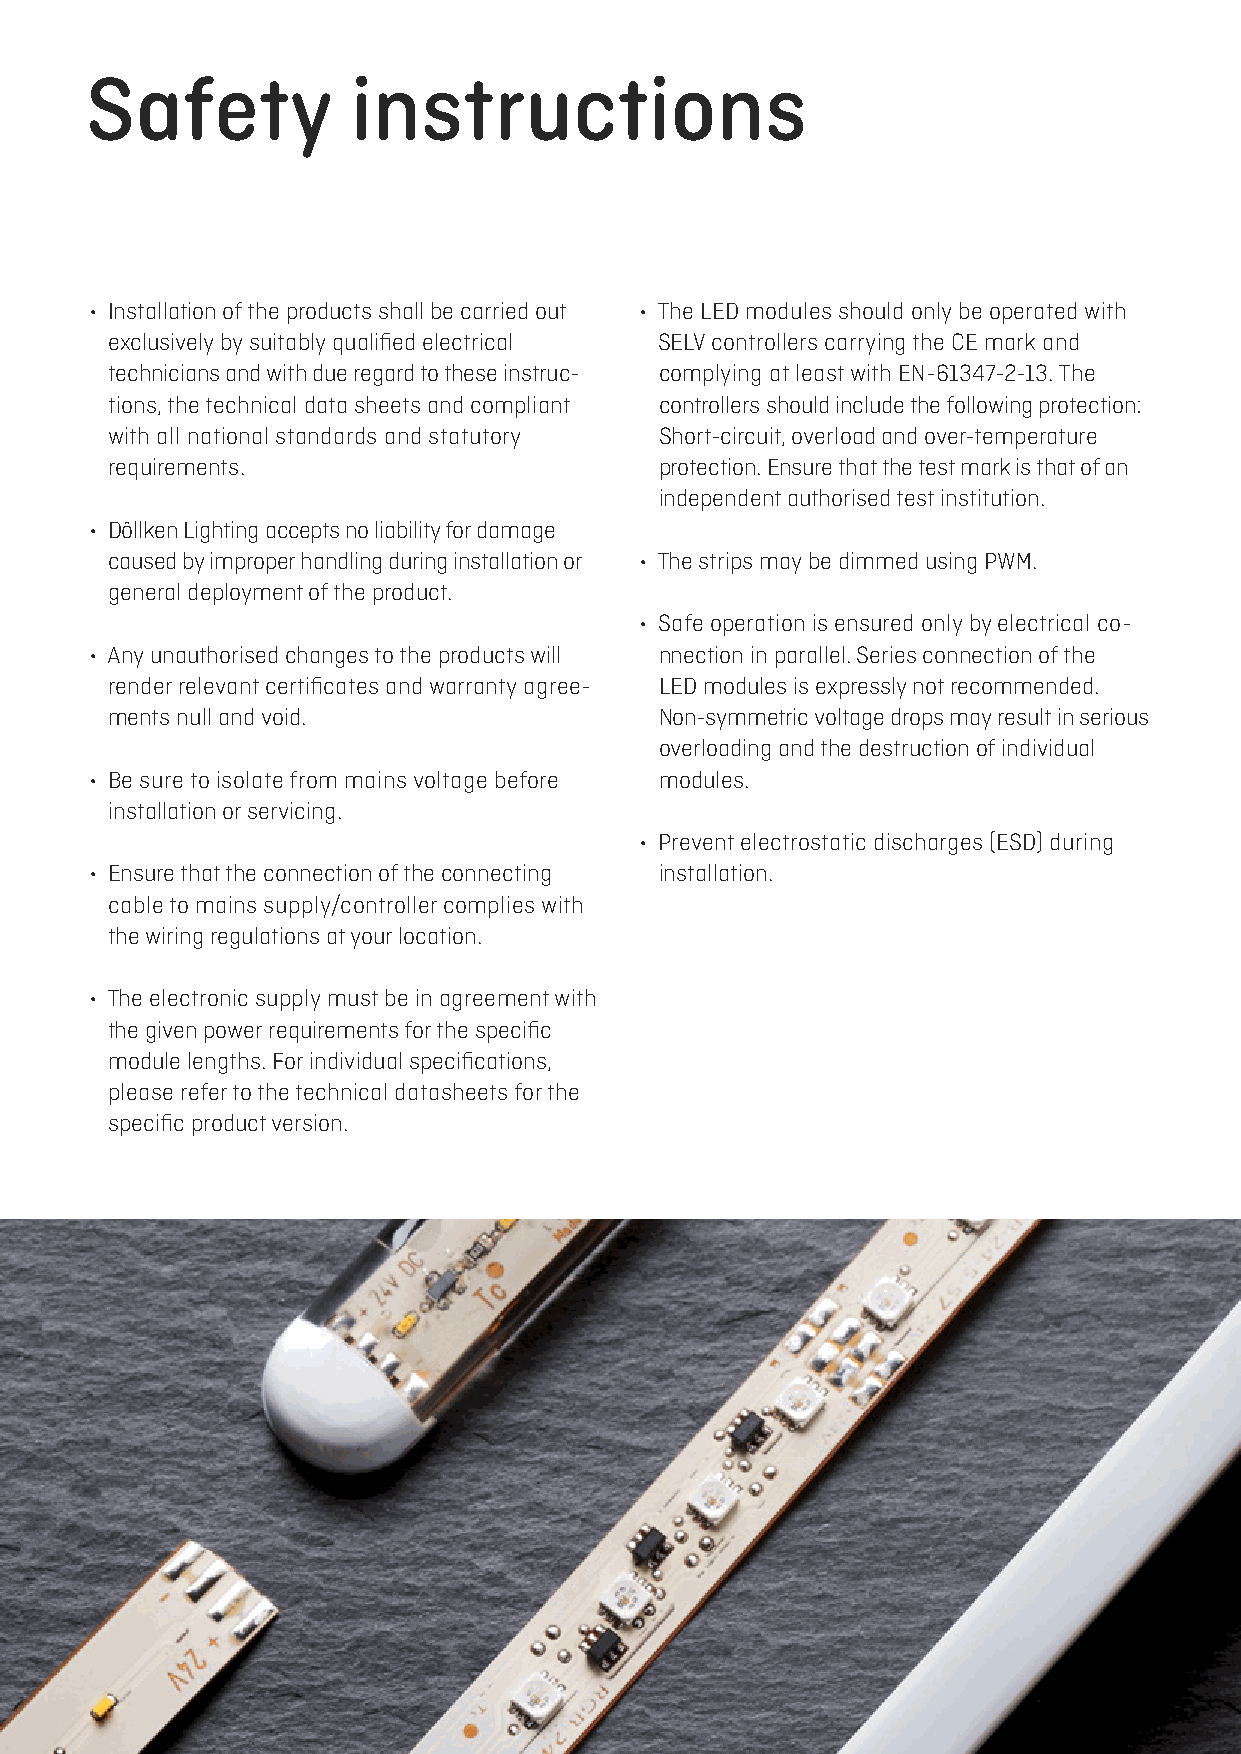
Safety           instructions
 • Installation of the products shall be carried out • The LED modules should only be operated with
 exclusively by suitably qualified electrical SELV controllers carrying the CE mark and
 technicians and with due regard to these instruc- complying at least with EN-61347-2-13. The
 tions, the technical data sheets and compliant controllers should include the following protection:
 with all national standards and statutory Short-circuit, overload and over-temperature
 requirements.                        protection. Ensure that the test mark is that of an
 independent authorised test institution.
 • Döllken Lighting accepts no liability for damage
 caused by improper handling during installation or • The strips may be dimmed using PWM.
 general deployment of the product.
 • Safe operation is ensured only by electrical co-
 • Any unauthorised changes to the products will nnection in parallel. Series connection of the
 render relevant certificates and warranty agree- LED modules is expressly not recommended.
 ments null and void.                 Non-symmetric voltage drops may result in serious
 overloading and the destruction of individual
 • Be sure to isolate from mains voltage before modules.
 installation or servicing.
 • Prevent electrostatic discharges (ESD) during
 • Ensure that the connection of the connecting installation.
 cable to mains supply/controller complies with
 the wiring regulations at your location.
 • The electronic supply must be in agreement with
 the given power requirements for the specific
 module lengths. For individual specifications,
 please refer to the technical datasheets for the
 specific product version.